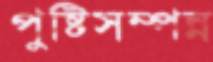
পুষ্টিসম্পন্ন